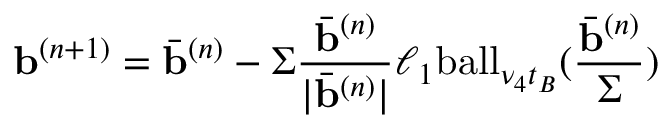
\mathbf { b } ^ { ( n + 1 ) } = \bar { \mathbf { b } } ^ { ( n ) } - \Sigma \frac { \bar { \mathbf { b } } ^ { ( n ) } } { | \bar { \mathbf { b } } ^ { ( n ) } | } \ell _ { 1 } \mathrm { b a l l } _ { \nu _ { 4 } { t } _ { B } } ( \frac { \bar { \mathbf { b } } ^ { ( n ) } } { \Sigma } )